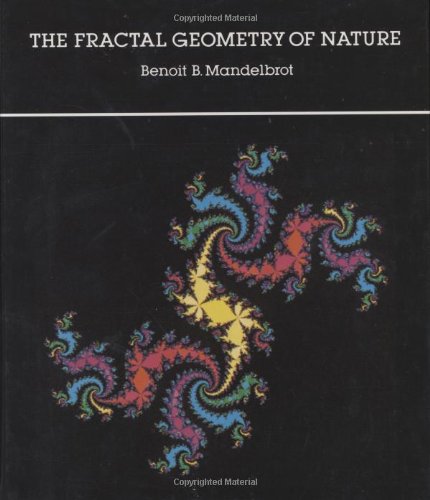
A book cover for The Fractal Geometry of Nature; Benoit B. Mandelbrot; Science & Math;